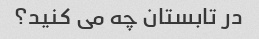
در تابستان چه می کنید؟